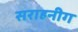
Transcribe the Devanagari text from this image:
सराहनीग